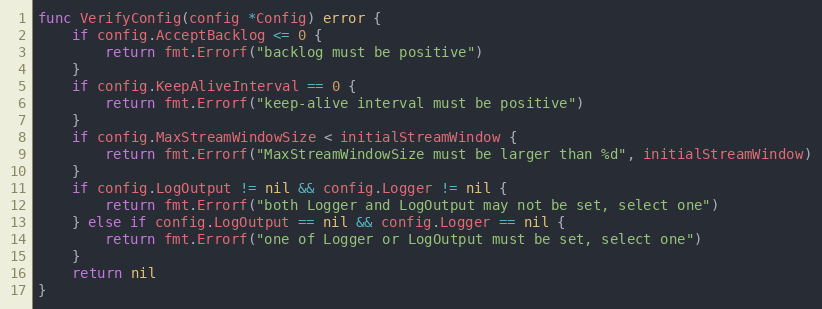
Language: Go
func VerifyConfig(config *Config) error {
	if config.AcceptBacklog <= 0 {
		return fmt.Errorf("backlog must be positive")
	}
	if config.KeepAliveInterval == 0 {
		return fmt.Errorf("keep-alive interval must be positive")
	}
	if config.MaxStreamWindowSize < initialStreamWindow {
		return fmt.Errorf("MaxStreamWindowSize must be larger than %d", initialStreamWindow)
	}
	if config.LogOutput != nil && config.Logger != nil {
		return fmt.Errorf("both Logger and LogOutput may not be set, select one")
	} else if config.LogOutput == nil && config.Logger == nil {
		return fmt.Errorf("one of Logger or LogOutput must be set, select one")
	}
	return nil
}